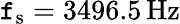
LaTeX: \mathtt{f}_{\mathrm{{s}}}=3496.5\, \mathrm{{{Hz}}}